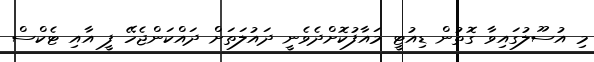
މި އުސޫލުގައިވާ ގޮތުން ޑިއުޓީ މައާފުކޮށްދެވެނީ ދައުލަތަށް ދައްކަންޖެހޭ ފީ އާއި ޓެކްސް